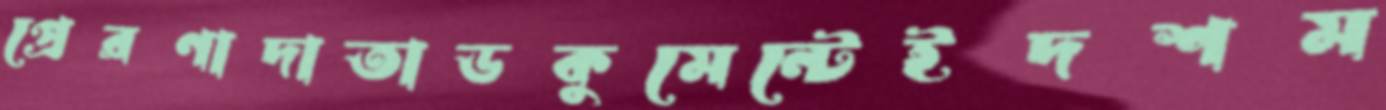
প্রেরণাদাতাডকুমেন্টেইদশম